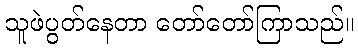
သူဖဲပွတ်နေတာ တော်တော်ကြာသည်။